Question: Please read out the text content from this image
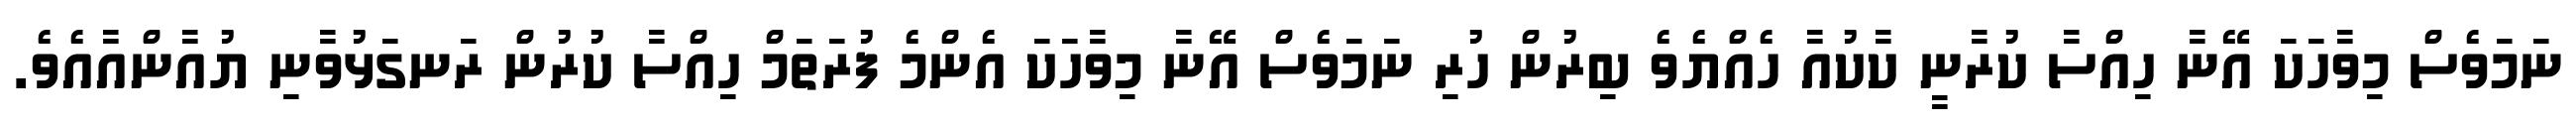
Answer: ނަމަވެސް މިވާހަކަ އޭނާ ހިއްސާ ކުރާނީ ކާކުއާ ހެއްޔެވެ ބިރުން ހުރި ނަމަވެސް އޭނާ މިވާހަކަ އެންމެ ފުރަތަމް ހިއްސާ ކުރުން ރަނގަޅުވާނި ޔުއާންއާއެވެ.